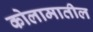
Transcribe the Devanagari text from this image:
कोलामातील